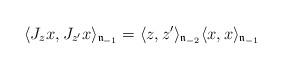
LaTeX: \begin{align*}\langle J_{z}x,J_{z'}x\rangle_{\mathfrak{n}_{-1}}=\langle z,z'\rangle_{\mathfrak{n}_{-2}}\langle x,x\rangle_{\mathfrak{n}_{-1}} \end{align*}